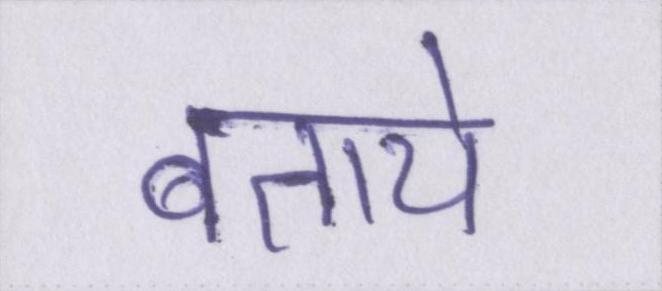
बताये